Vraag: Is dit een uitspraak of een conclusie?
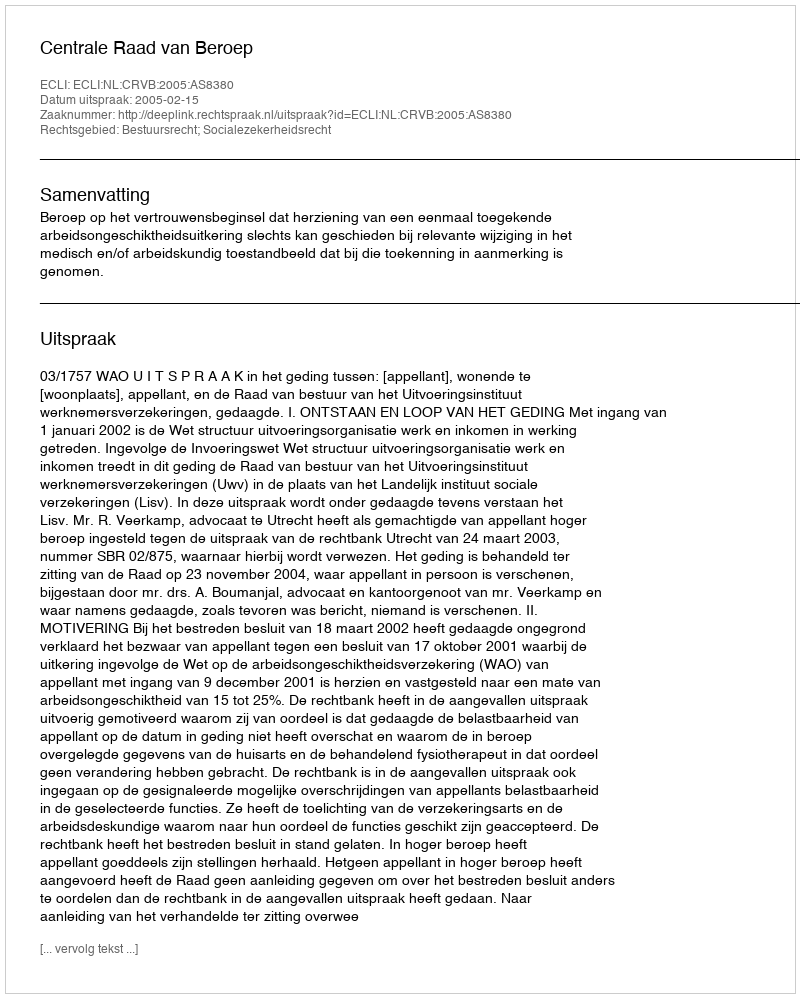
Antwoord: Uitspraak